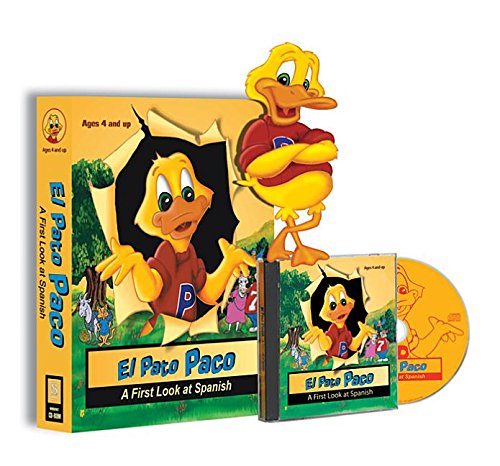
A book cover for El Pato Paco: A First Look at Spanish; Children's Books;